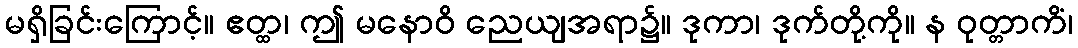
မရှိခြင်းကြောင့်။ ဧတ္ထ၊ ဤ မနောဝိ ညေယျအရာ၌။ ဒုကာ၊ ဒုက်တို့ကို။ န ဝုတ္တာကိံ၊